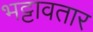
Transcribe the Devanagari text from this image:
भट्टावतार